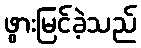
ဖွားမြင်ခဲ့သည်